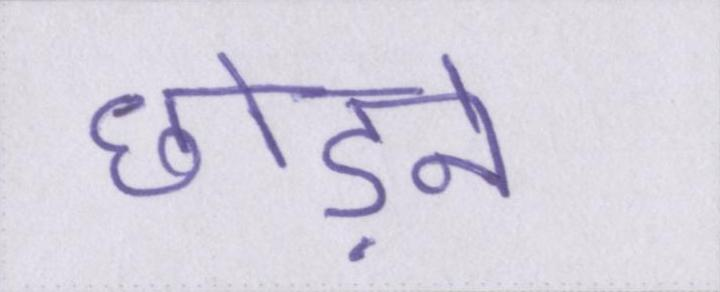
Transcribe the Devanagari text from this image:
छोड़ने